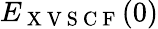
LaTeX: E_{\mathrm{~X~V~S~C~F~}}(0)